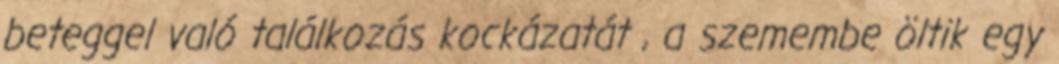
beteggel való találkozás kockázatát , a szemembe öltik egy